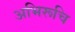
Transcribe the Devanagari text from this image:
अभिरूचि